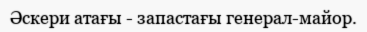
Әскери атағы - запастағы генерал-майор.